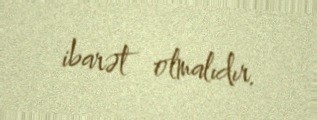
ibarət olmalıdır.